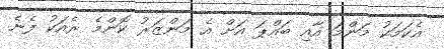
އެކަމަކު މަންމަ އާއި ބައްޕަ އަށް އެ މަންޒަރު ކޮންމެ ރެއަކު ފެނެ